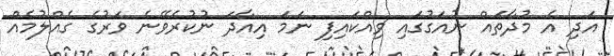
އަދި އެ މުދާތައް ނުއަގުގައި ވިއްކައިފި ނަމަ އިއާދަ ނުކުރެވޭނެ ވަރުގެ ގެއްލުމެއް